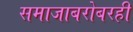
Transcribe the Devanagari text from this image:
समाजाबरोबरही